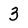
Character: 3